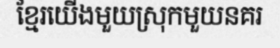
ខ្មែរយើងមួយស្រុកមួយនគរ